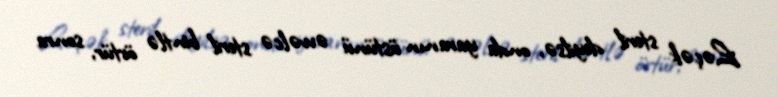
Ləçək steril deyilsə, onda yaranın üstünü əvvəlcə steril bintlə örtür, sonra